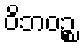
ဝိဘဝဉ္စ